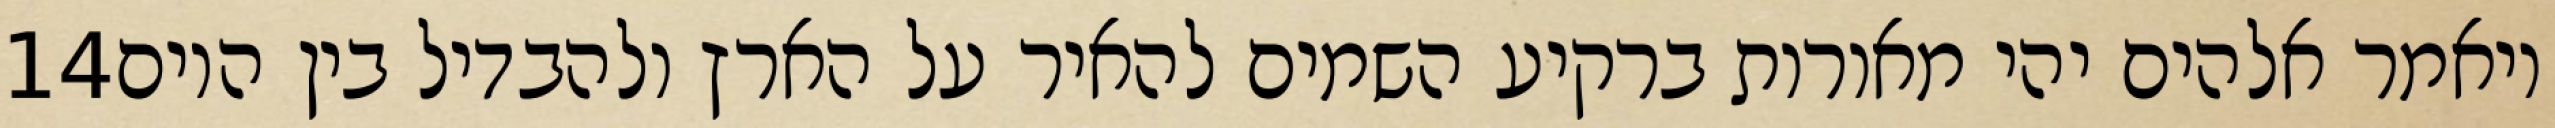
‎14‏ ויאמר אלהים יהי מאורות ברקיע השמים להאיר על הארץ ולהבדיל בין היום